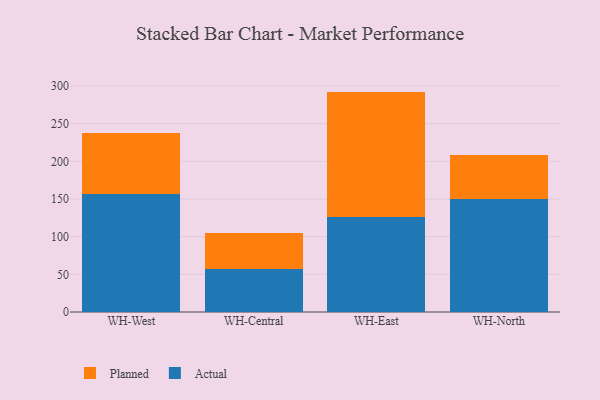
{"axis": {"x": "Warehouse", "y": "LTV (USD)"}, "legend": ["Actual", "Planned"], "data": [{"x": "WH-West", "y": 156.7, "type": "Actual"}, {"x": "WH-West", "y": 81.2, "type": "Planned"}, {"x": "WH-Central", "y": 56.7, "type": "Actual"}, {"x": "WH-Central", "y": 48.2, "type": "Planned"}, {"x": "WH-East", "y": 126.5, "type": "Actual"}, {"x": "WH-East", "y": 166.1, "type": "Planned"}, {"x": "WH-North", "y": 150.4, "type": "Actual"}, {"x": "WH-North", "y": 57.9, "type": "Planned"}]}